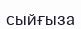
сыйғыза